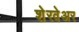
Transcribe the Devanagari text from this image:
शेरवेअर